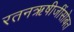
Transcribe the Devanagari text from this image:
रतनऋषीजींसोबत